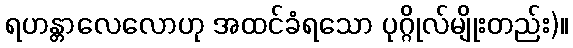
ရဟန္တာလေလောဟု အထင်ခံရသော ပုဂ္ဂိုလ်မျိုးတည်း)။